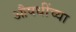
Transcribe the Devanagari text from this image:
औषधींच्या